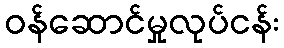
ဝန်ဆောင်မှုလုပ်ငန်း